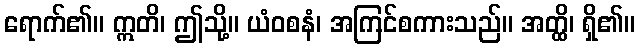
ရောက်၏။ ဣတိ၊ ဤသို့။ ယံဝစနံ၊ အကြင်စကားသည်။ အတ္ထိ၊ ရှိ၏။